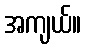
အကျယ်။